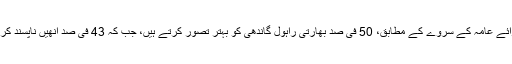
ادھر، رائے عامہ کے سروے کے مطابق، 50 فی صد بھارتی راہول گاندھی کو بہتر تصور کرتے ہیں، جب کہ 43 فی صد اُنھیں ناپسند کرتے ہیں۔